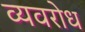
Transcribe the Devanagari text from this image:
व्यवरोध